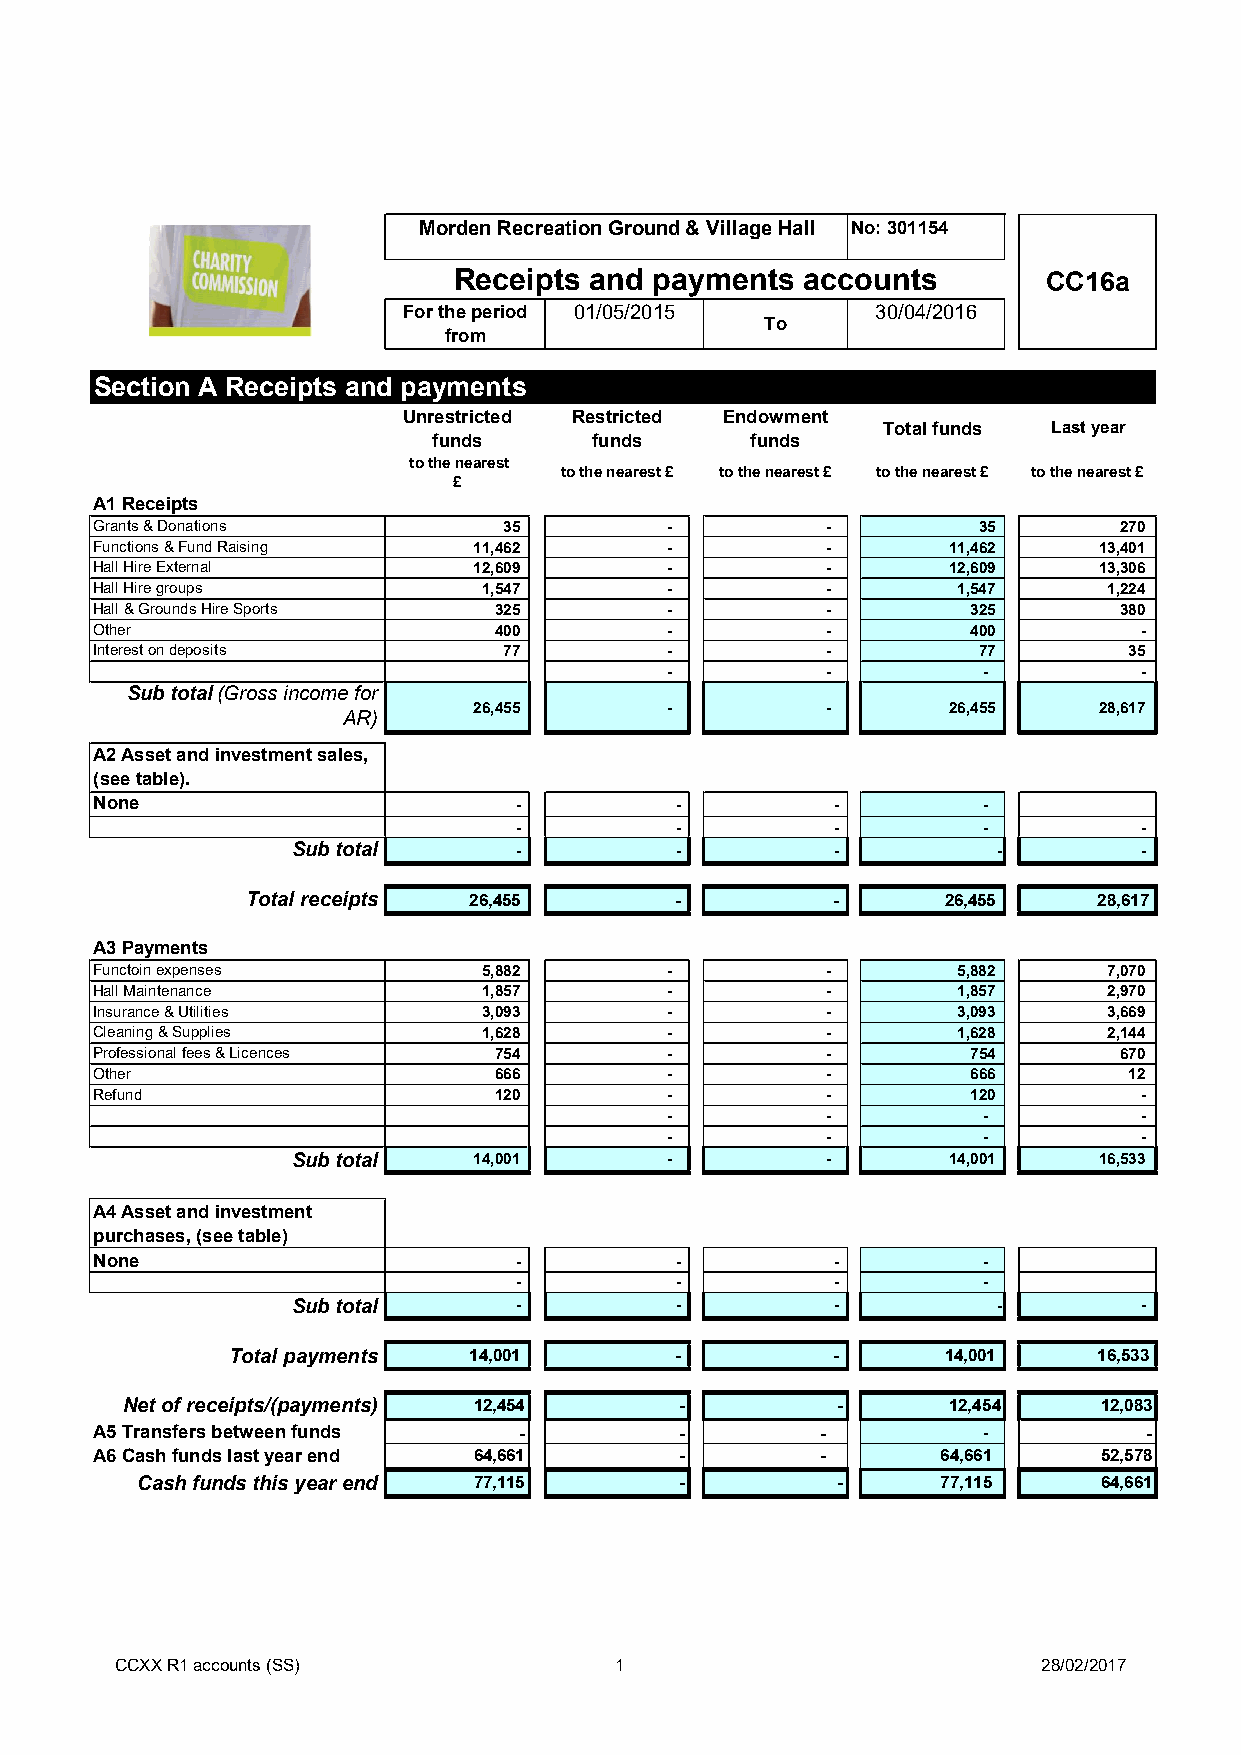
Morden Recreation Ground & Village Hall No: 301154
 Receipts and payments  accounts        CC16a
 For the period 01/05/2015      30/04/2016
 To
 from
 Section A Receipts and payments
 Unrestricted Restricted Endowment
 Total funds Last year
 funds     funds      funds
 to the nearest
 to the nearest £ to the nearest £ to the nearest £ to the nearest £
 £
 A1 Receipts
 Grants & Donations         35         -          -         35       270
 Functions & Fund Raising 11,462       -          -       11,462    13,401
 Hall Hire External       12,609       -          -       12,609    13,306
 Hall Hire groups          1,547       -          -       1,547     1,224
 Hall & Grounds Hire Sports 325        -          -        325       380
 Other                      400        -          -        400         -
 Interest on deposits       77         -          -         77        35
 -          -         -          -
 Sub total(Gross income for
 26,455       -          -       26,455    28,617
 AR)
 A2 Asset and investment sales,
 (see table).
 None                        -          -         -         -
 -          -         -         -          -
 Sub total      -          -         -          -         -
 Total receipts 26,455        -         -       26,455    28,617
 A3 Payments
 Functoin expenses         5,882       -          -       5,882     7,070
 Hall Maintenance          1,857       -          -       1,857     2,970
 Insurance & Utilities     3,093       -          -       3,093     3,669
 Cleaning & Supplies       1,628       -          -       1,628     2,144
 Professional fees & Licences 754      -          -        754       670
 Other                      666        -          -        666        12
 Refund                     120        -          -        120         -
 -          -         -          -
 -          -         -          -
 Sub total   14,001       -          -       14,001    16,533
 A4 Asset and investment
 purchases, (see table)
 None                        -          -         -         -
 -          -         -         -
 Sub total      -          -         -          -         -
 Total payments  14,001        -         -       14,001    16,533
 Net of receipts/(payments) 12,454    -         -       12,454    12,083
 A5 Transfers between funds  -          -        -          -          -
 A6 Cash funds last year end 64,661     -        -       64,661     52,578
 Cash funds this year end 77,115     -         -      77,115     64,661
 CCXX R1 accounts (SS)            1                           28/02/2017